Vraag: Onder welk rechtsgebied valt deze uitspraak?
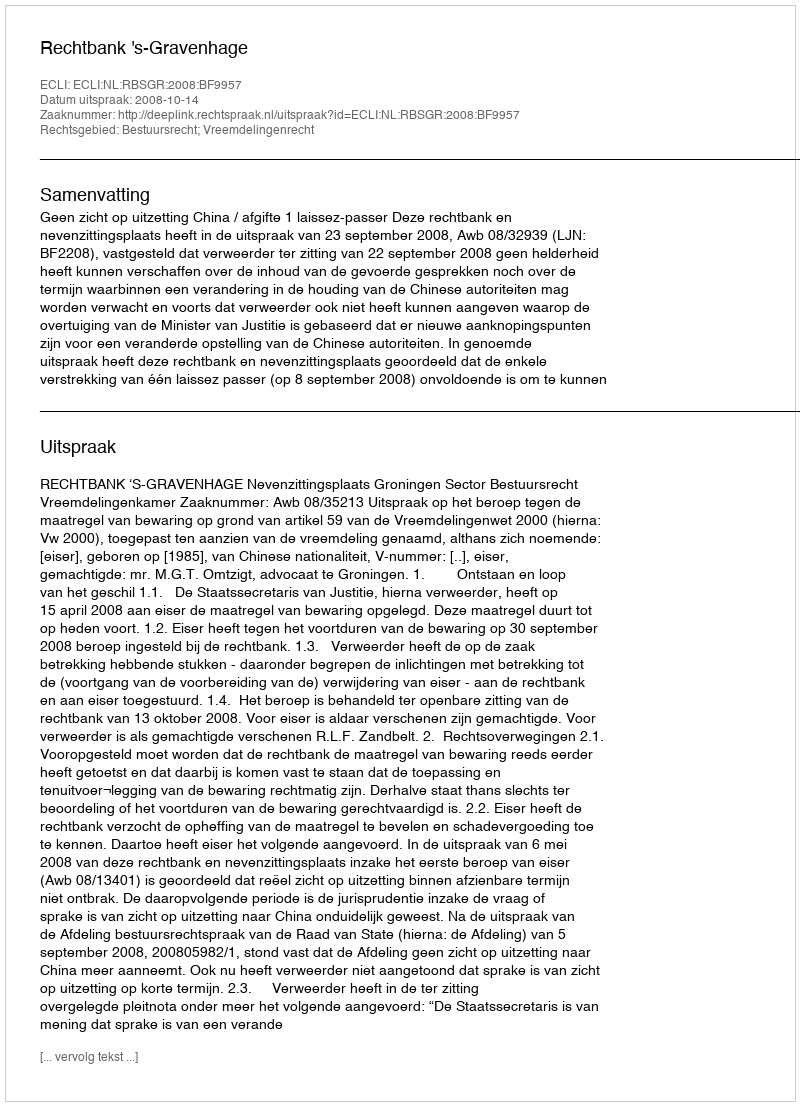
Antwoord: Bestuursrecht; Vreemdelingenrecht